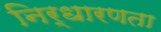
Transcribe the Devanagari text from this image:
निर्धारणता